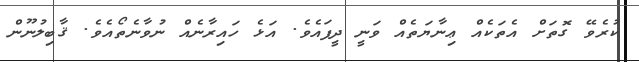
ކުރެވޭ ގޮތަށް އެތަކެއް ޢިނާޔަތެއް ވަނީ ދީފައެވެ. އަޅެ ހައިރާނެއް ނުވާނެތޯއެވެ. ޤާބިލުނޫން